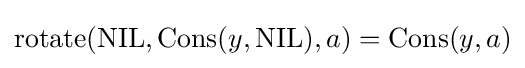
\operatorname {rotate} ({\text{NIL}},\operatorname {Cons} (y,{\text{NIL}}),a)=\operatorname {Cons} (y,a)